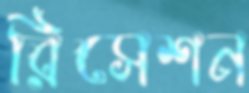
রিসেশন